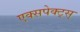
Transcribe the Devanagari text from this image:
एक्सपेक्ट्स्